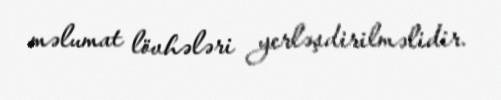
məlumat lövhələri yerləşdirilməlidir.